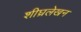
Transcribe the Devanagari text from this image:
शीघ्रलेखन